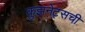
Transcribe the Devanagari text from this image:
कुझनेट्सची